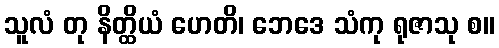
သူလံ တု နိတ္ထိယံ ဟေတိ၊ ဘေဒေ သံကု ရုဇာသု စ။